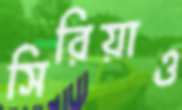
সিরিয়াও